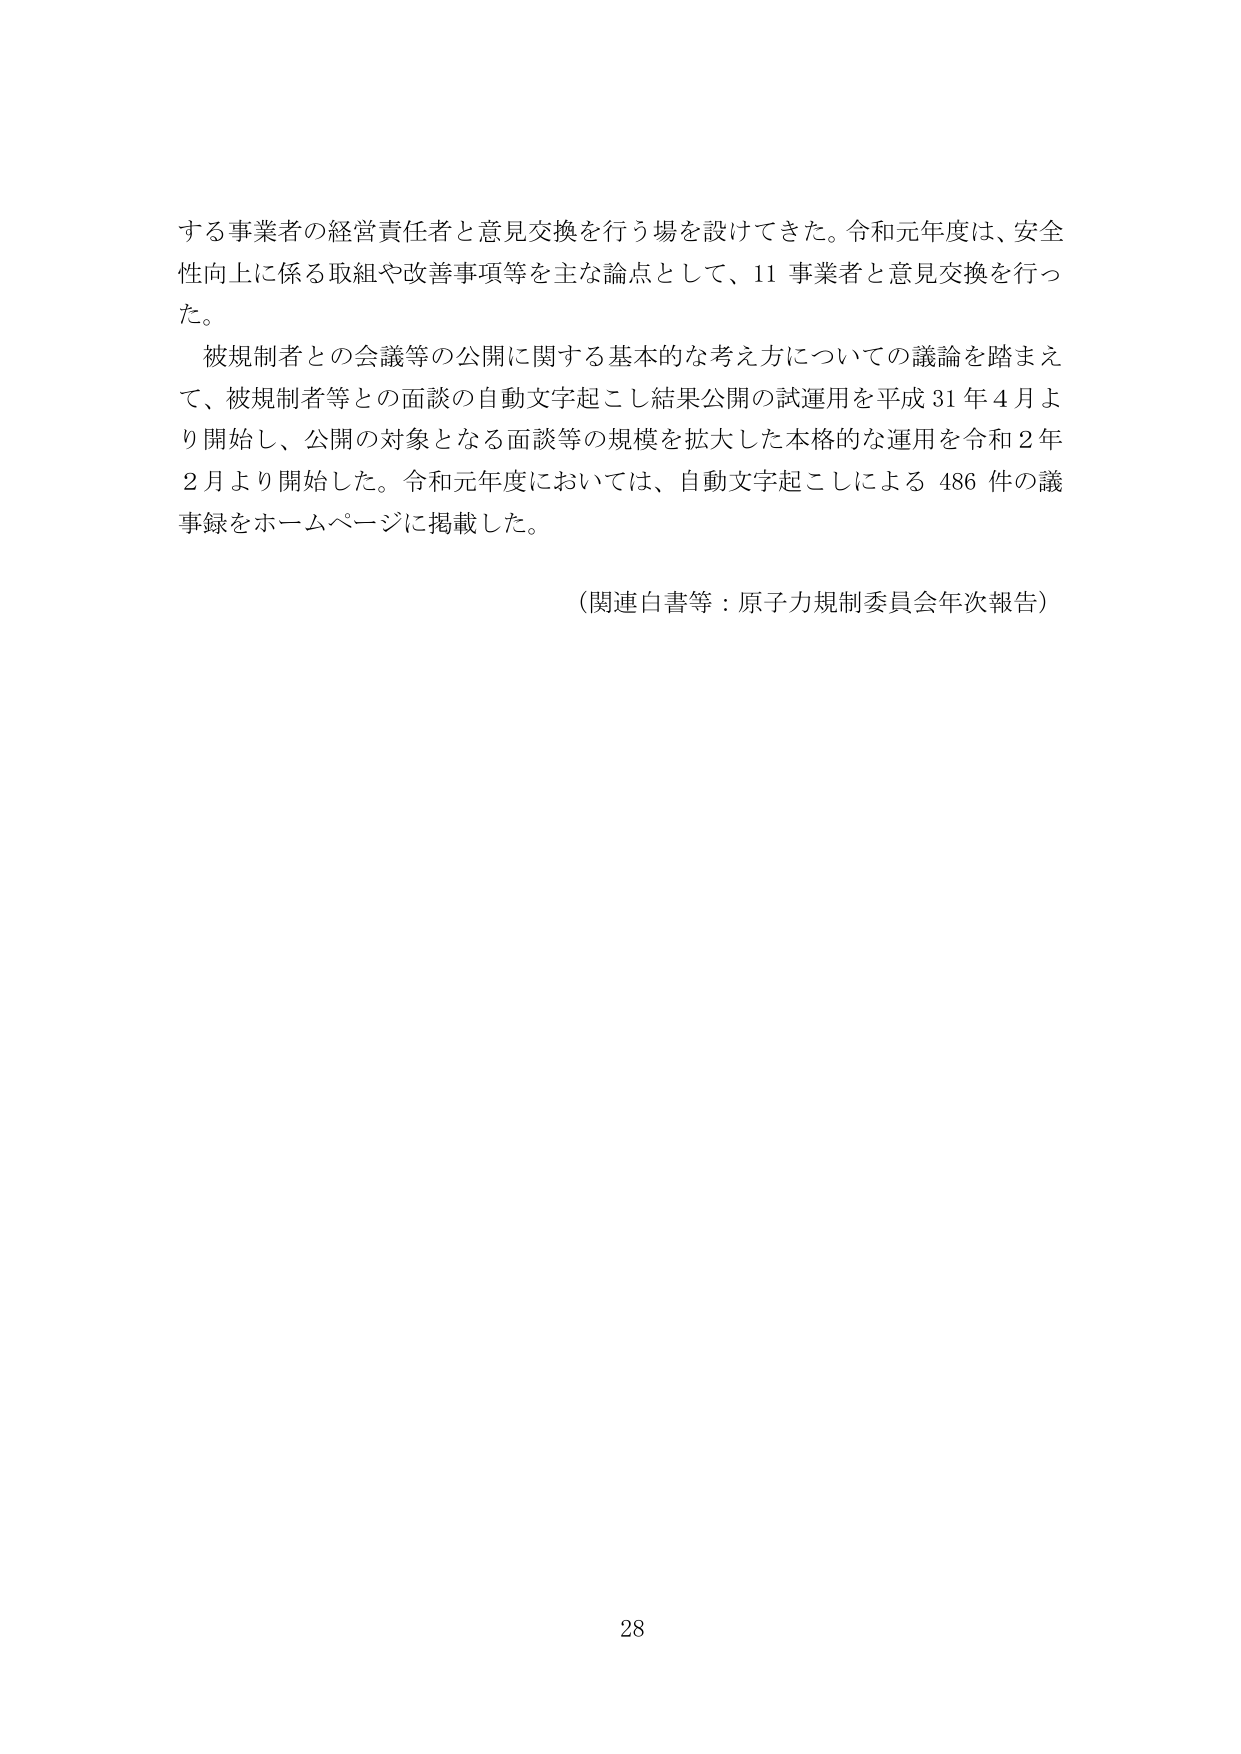
する事業者の経営責任者と意見交換を行う場を設けてきた。令和元年度は、安全性向上に係る取組や改善事項等を主な論点として、11 事業者と意見交換を行った。

被規制者との会議等の公開に関する基本的な考え方についての議論を踏まえて、被規制者等との面談の自動文字起こし結果公開の試運用を平成31年4月より開始し、公開の対象となる面談等の規模を拡大した本格的な運用を令和2年2月より開始した。令和元年度においては、自動文字起こしによる486件の議事録をホームページに掲載した。

（関連白書等：原子力規制委員会年次報告）

28